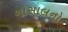
ગોસાલનો